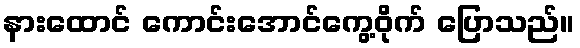
နားထောင် ကောင်းအောင်ကွေ့ဝိုက် ပြောသည်။